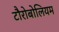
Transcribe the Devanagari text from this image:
टौरोबोलियम